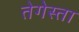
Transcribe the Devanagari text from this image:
तेगेस्ता